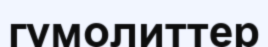
гумолиттер